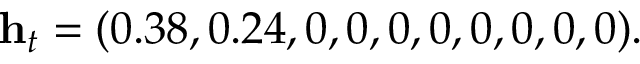
\mathbf { h } _ { t } = ( 0 . 3 8 , 0 . 2 4 , 0 , 0 , 0 , 0 , 0 , 0 , 0 , 0 ) .